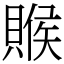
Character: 䞀